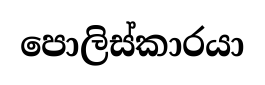
පොලිස්කාරයා